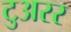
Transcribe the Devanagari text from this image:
टुअरर